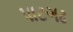
પાટગઢ